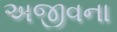
અજીવના